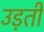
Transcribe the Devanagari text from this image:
उड़तीं